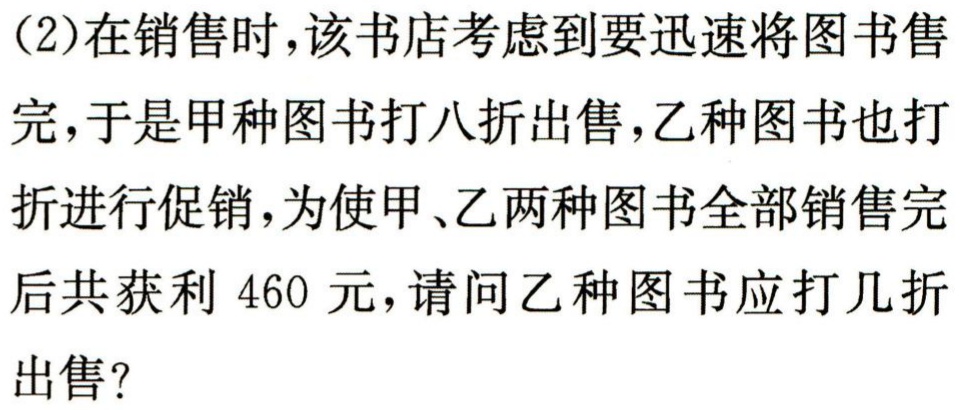
\[

\begin{align*}

&=(18 + 16+16)\div2\\

&=50\div 2\\

&=50\div 2\\

&=25 \text{（里）}

\end{align*}

\]